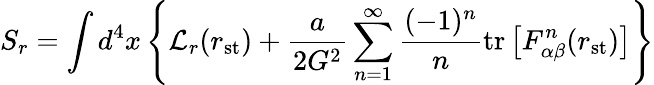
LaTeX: S_{r}=\int d^{4}x\left\{ {\cal L}_{r}(r_{\mathrm{st}})+\frac{a}{2G^{2}}\sum_{n=1}^{\infty}\frac{(-1)^{n}}{n}\mathrm{tr}\left[F_{\alpha\beta}^{n}(r_{\mathrm{st}})\right]\right\}